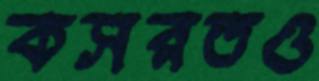
কসরতও